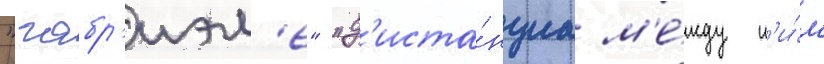
"габр'иэл'е" "д'иста́нциа м'е́жду н'и́м